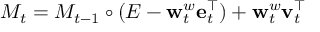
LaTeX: M _ { t } = M _ { t - 1 } \circ ( E - \mathbf { w } _ { t } ^ { w } \mathbf { e } _ { t } ^ { \intercal } ) + \mathbf { w } _ { t } ^ { w } \mathbf { v } _ { t } ^ { \intercal }